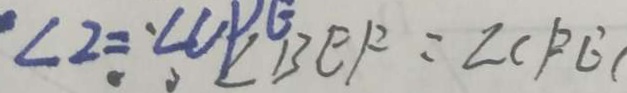
\angle 2 = \angle C P E \angle B E F = \angle C F E